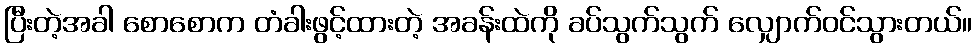
ပြီးတဲ့အခါ စောစောက တံခါးဖွင့်ထားတဲ့ အခန်းထဲကို ခပ်သွက်သွက် လျှောက်ဝင်သွားတယ်။